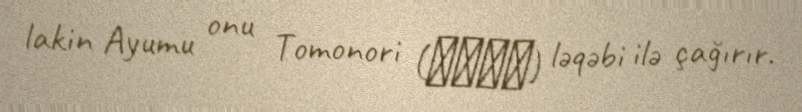
lakin Ayumu onu Tomonori (トモノリ) ləqəbi ilə çağırır.